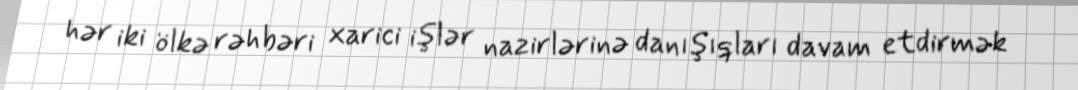
hər iki ölkə rəhbəri xarici işlər nazirlərinə danışıqları davam etdirmək